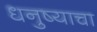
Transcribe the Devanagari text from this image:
धनुष्याचा